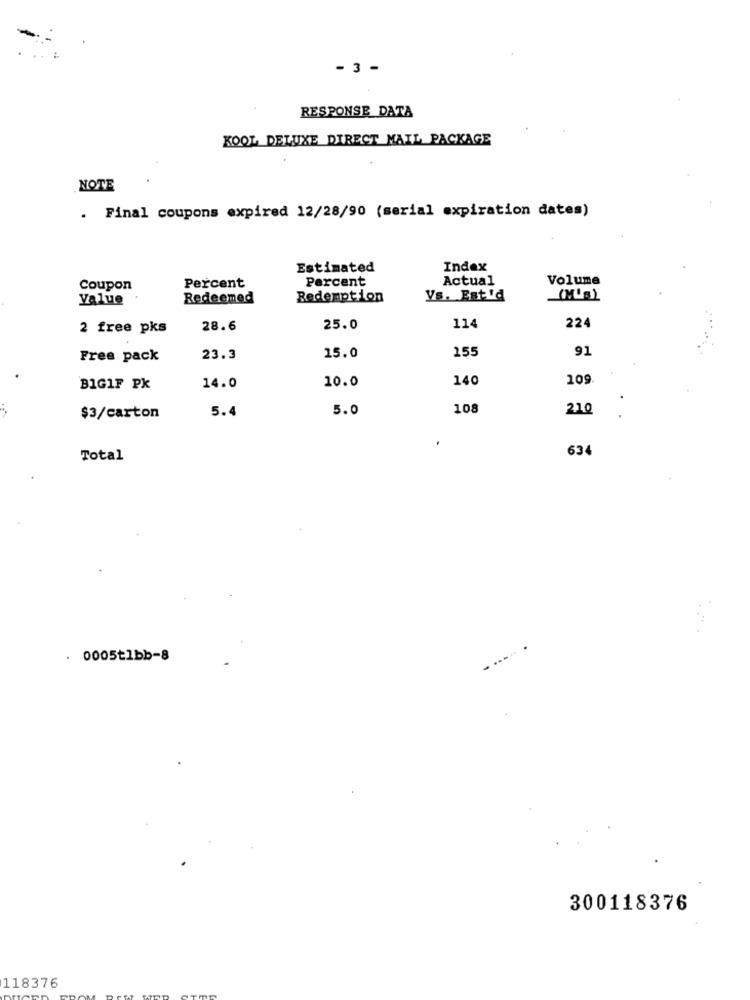
- 3 -
RESPONSE_DATA
KOOL DELUXE DIRECT MAIL PACKAGE
NOTE
. Final coupons expired 12/28/90 (serial expiration dates)
Estimated
Index
Percent
Actual
Volume
Coupon
Percent
Value
Redeemed
Redemption
Vs. Estid
(M'g)
224
2 free pks
28.6
25.0
114
155
91
Free pack
23.3
15.0
10.0
140
109
BIG1F Px
14.0
5.4
5.0
108
210
$3/carton
634
Total
0005tlbb-8
300118376
118376